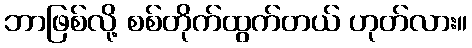
ဘာဖြစ်လို့ စစ်တိုက်ထွက်တယ် ဟုတ်လား။